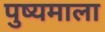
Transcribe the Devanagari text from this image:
पुष्यमाला